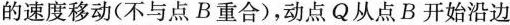
的速度移动(不与点B重合)，动点Q从点B开始沿边